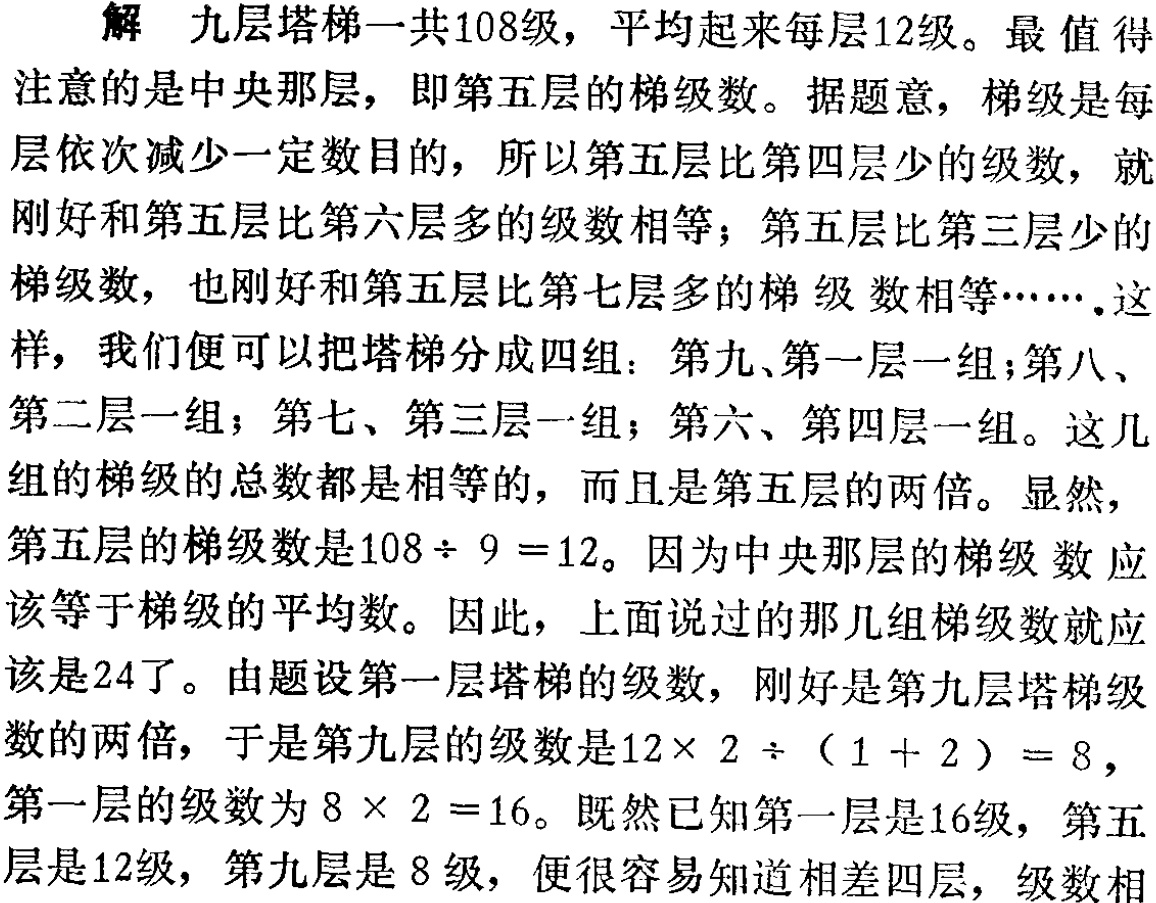
解 九层塔梯一共108级，平均起来每层12级。最值得

注意的是中央那层，即第五层的梯级数。据题意，梯级是每

层依次减少一定数目的，所以第五层比第四层少的级数，就

刚好和第五层比第六层多的级数相等；第五层比第三层少的

梯级数，也刚好和第五层比第七层多的梯 级数相等…….这

样，我们便可以把塔梯分成四组：第九、第一层一组；第八、

第二层一组；第七、第三层一组；第六、第四层一组。这几

组的梯级的总数都是相等的，而且是第五层的两倍。显然，

第五层的梯级数是$108\div 9 =12$。因为中央那层的梯级 数 应

该等于梯级的平均数。因此，上面说过的那几组梯级数就应

该是24了。由题设第一层塔梯的级数，刚好是第九层塔梯级

数的两倍，于是第九层的级数是$12\times 2 \div (1 + 2) = 8$，

第一层的级数为$8 \times 2 =16$。既然已知第一层是16级，第五

层是12级，第九层是 8 级，便很容易知道相差四层，级数相